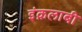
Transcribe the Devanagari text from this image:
इंक़लाबी